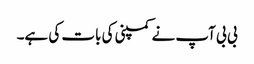
بی بی آپ نے کمپنی کی بات کی ہے۔